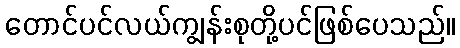
တောင်ပင်လယ်ကျွန်းစုတို့ပင်ဖြစ်ပေသည်။